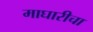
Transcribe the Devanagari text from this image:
माघारीचा